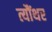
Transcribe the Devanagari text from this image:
त्यौंथर